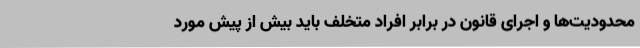
محدودیت‌ها و اجرای قانون در برابر افراد متخلف باید بیش از پیش مورد